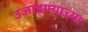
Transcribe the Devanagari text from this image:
उजाडण्याच्या